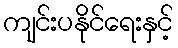
ကျင်းပနိုင်ရေးနှင့်